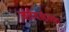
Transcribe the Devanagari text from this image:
वर्तवलेल्या